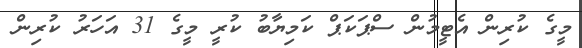
މީގެ ކުރިން އެޓީމުން ސްޕަކަޕް ކަމިޔާބު ކުރީ މީގެ 31 އަހަރު ކުރިން